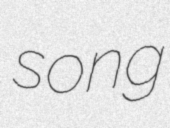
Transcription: song